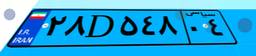
۲۸D۵۴۸۰۴